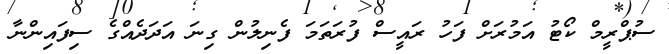
ސުޕްރީމް ކޯޓު އަމުރަށް ފަހު ރައީސް ފުރަތަމަ ފެނިލުން ގިނަ އަދަދެއްގެ ސިފައިންނާ